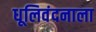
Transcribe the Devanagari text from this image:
धूलिवंदनाला